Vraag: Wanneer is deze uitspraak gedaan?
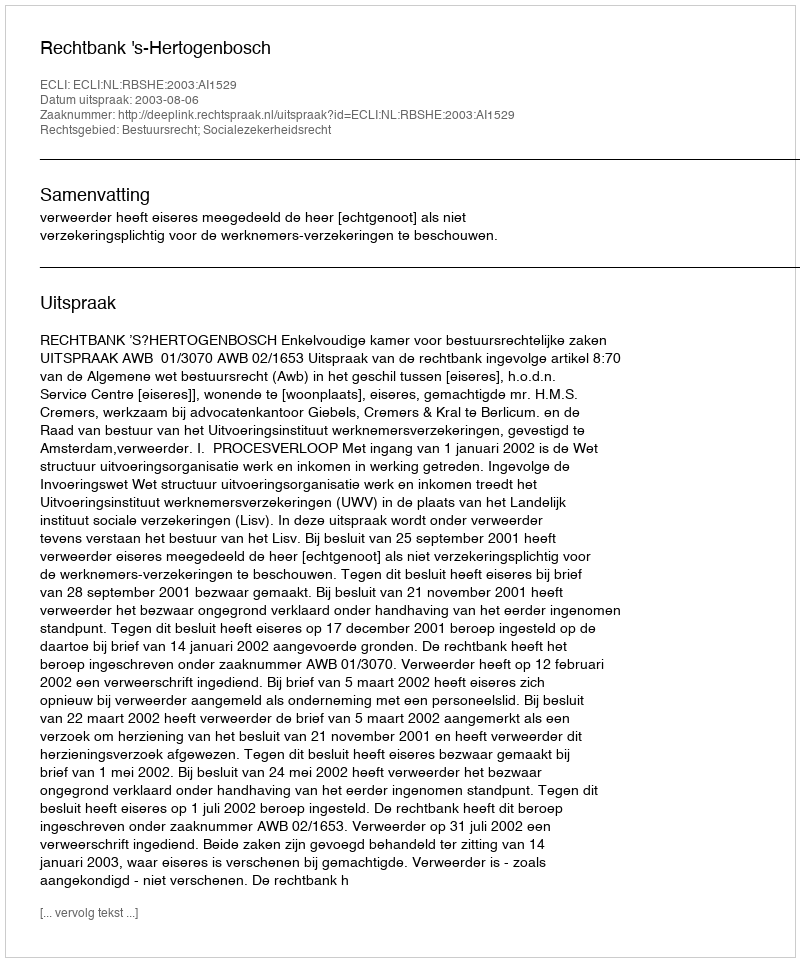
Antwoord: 2003-08-06